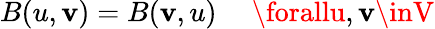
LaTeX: B(u,\mathbf{v})=B(\mathbf{v},u)\ \quad\forallu,\mathbf{v}\inV